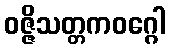
ဝဇ္ဇိသတ္တကဝဂ္ဂေါ